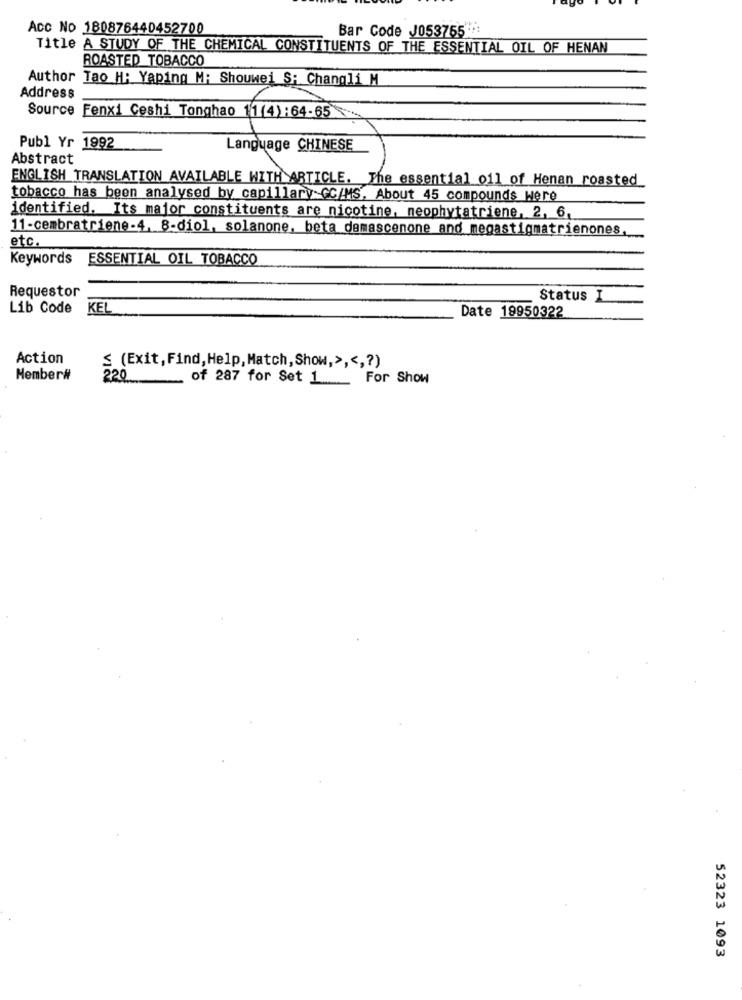
Acc No 180876440452700
Bar Code J053765:
Title A STUDY OF THE CHEMICAL CONSTITUENTS OF THE ESSENTIAL OIL OF HENAN
ROASTED TOBACCO
Author Tao H: Yaping M: Shouwei S: Changli M
Address
Source Fenxi Ceshi Tonghao 11(4):64-65
Publ Yr 1992
Language CHINESE
Abstract
ENGLISH TRANSLATION AVAILABLE WITH ARTICLE. The essential oil of Henan roasted
tobacco has been analysed by capillary GC/MS, About 45 compounds were
identified. Its major constituents are nicotine, neophytatriene, 2, 6,
11-cembratriene-4, 8-diol, solanone, beta damascenone and megastigmatrienones
etc.
Keywords
ESSENTIAL OIL TOBACCO
Requestor
Status I
Lib Code KEL
Date 19950322
Action
≤ (Exit, Find,Help,Match,Show,> ,<,? )
Member#
220
of 287 for Set 1 _ For Show
52323 1093